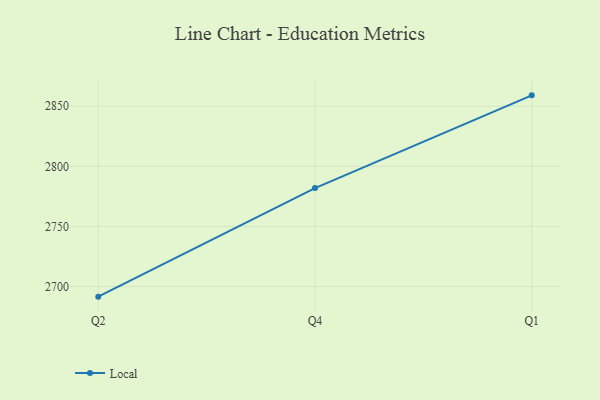
{"axis": {"x": "Quarter", "y": "Energy Usage (MWh)"}, "legend": ["Local"], "data": [{"x": "Q2", "y": 2691.6, "type": "Local"}, {"x": "Q4", "y": 2781.9, "type": "Local"}, {"x": "Q1", "y": 2859.0, "type": "Local"}]}